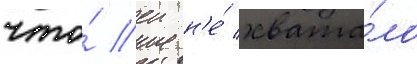
что́ еи н'е́ хвата́ло